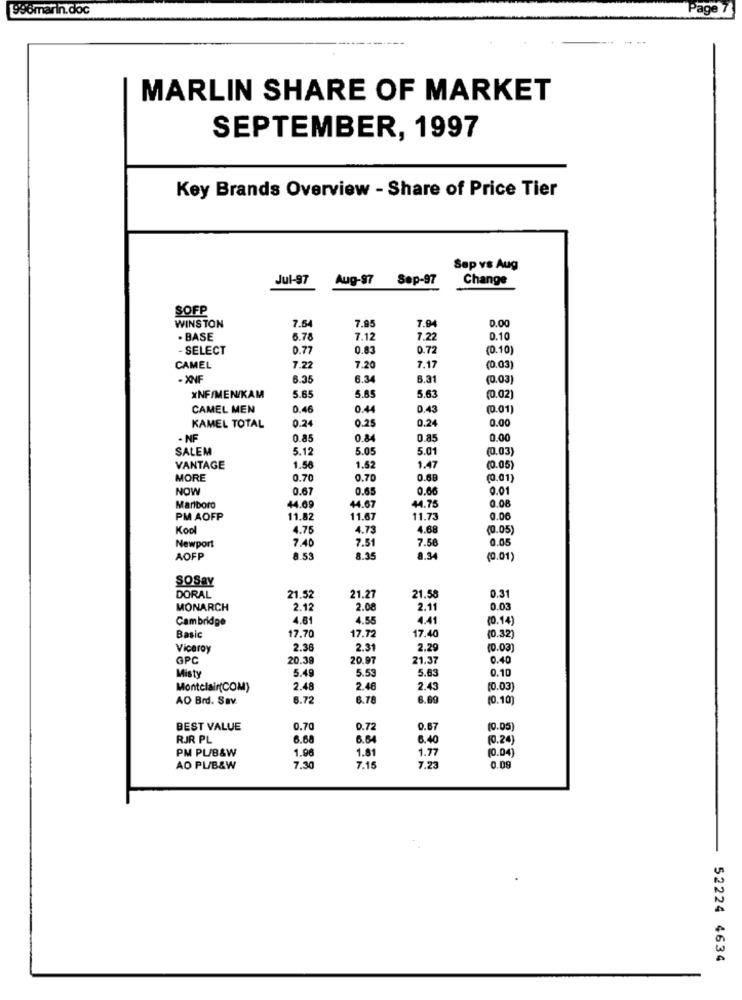
996marin.doc
Page
MARLIN SHARE OF MARKET
SEPTEMBER, 1997
Key Brands Overview - Share of Price Tier
Sep vs Aug
Jul-97
Aug-97
Sep-97
Change
SOFP
7.54
0.00
WINSTON
7.95
7.94
. BASE
6.78
7.12
7.22
0.10
- SELECT
0.77
0.83
0.72
(0.10
CAMEL
7.22
7.20
7.17
(0.03]
- XNF
6.35
6.34
6.31
(0.03]
5.65
(0.02
XNF/MEN/KAM
5.65
5.63
CAMEL MEN
0.46
0.44
0.43
0.01)
0.24
0.24
0.00
KAMEL TOTAL
0.25
. NF
0.85
0.84
0.85
0.00
SALEM
5.12
5.05
5.01
(0.03)
VANTAGE
1.56
1.52
1.47
(0.05
MORE
0.70
0.70
0.68
(0.01)
NOW
0.67
0.65
0.66
0.01
44.09
0.08
Marlboro
44.67
44.75
PM AOFP
11.82
11.67
11.73
0.06
Kool
4.75
4.73
4.68
(0.05)
7.40
7.51
7.50
0.05
Newport
AOFP
.53
8.35
8.34
(0.01)
SOSay
DORAL
21.52
21.27
21.58
0.31
MONARCH
2.12
2.08
2.11
0.03
Cambridge
4.81
4.55
4.41
(0.14)
17.40
Basic
17.70
17.72
(0.32)
Viceroy
2.36
2.31
2.29
(0.03
GPC
20.39
20.97
21.37
0.40
Misty
5.49
5.53
5.6
0.10
Montclair(COM)
2.48
2.46
2.43
10.03
AD Brd. Sav.
6.72
6.78
6.6
10.10
BEST VALUE
0.70
0.72
0.67
(0.05)
RJR PL
6.68
6.64
8.40
(0.24)
PM PL/B&W
1.96
1.81
1.77
(0.04)
AO PL/B&W
7.30
7.15
7.23
0.09
52224 4634